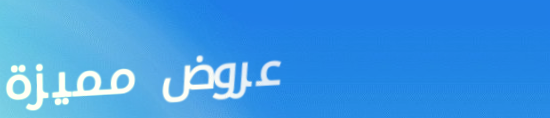
عروض مميزة